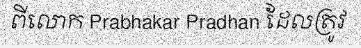
ពីលោក Prabhakar Pradhan ដែលត្រូវ